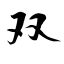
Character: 双